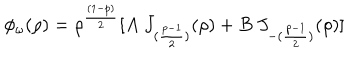
\phi _ { \omega } ( \rho ) = \rho ^ { \frac { ( 1 - p ) } { 2 } } [ A ~ J _ { ( { \frac { p - 1 } { 2 } } ) } ( \rho ) + B ~ J _ { - ( { \frac { p - 1 } { 2 } } ) } ( \rho ) ]